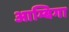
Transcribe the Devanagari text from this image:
आम्बिगा